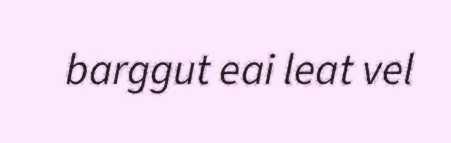
barggut eai leat vel